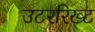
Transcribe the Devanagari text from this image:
उटररिख्ट